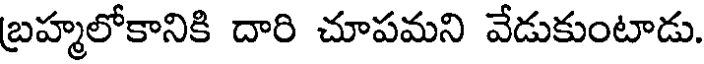
బ్రహ్మలోకానికి దారి చూపమని వేడుకుంటాడు.